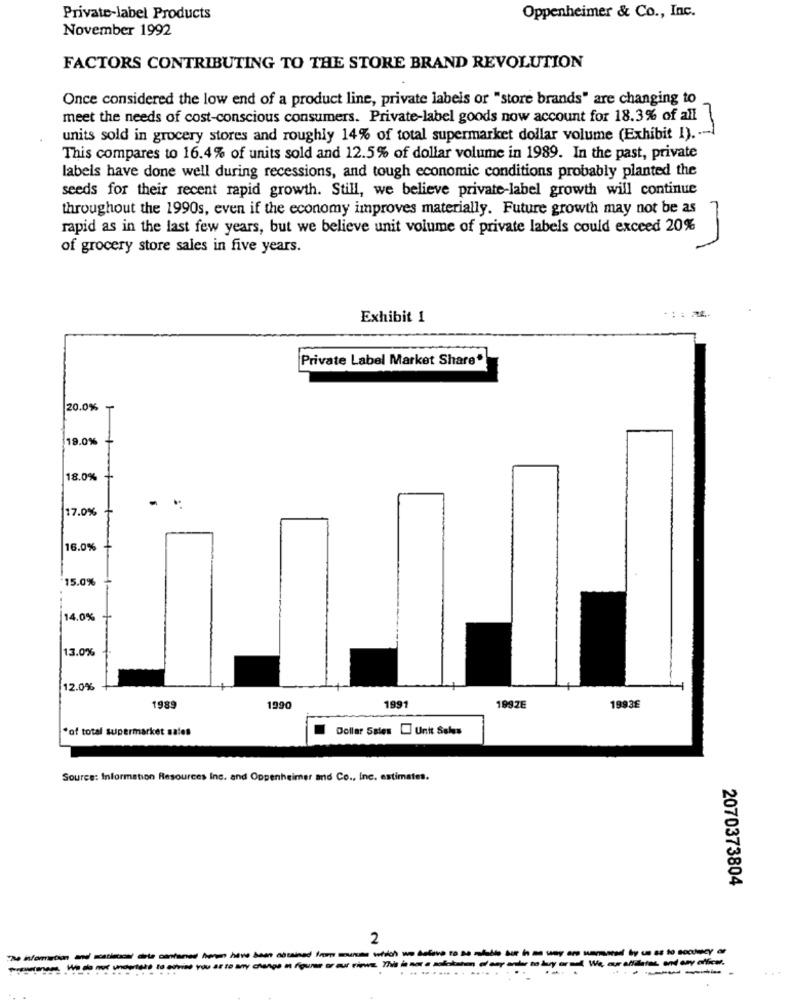
Private-label Products
Oppenheimer & Co ., Inc.
November 1992
FACTORS CONTRIBUTING TO THE STORE BRAND REVOLUTION
Once considered the low end of a product line, private labels or "store brands" are changing to
meet the needs of cost-conscious consumers. Private-label goods now account for 18.3% of all
units sold in grocery stores and roughly 14% of total supermarket dollar volume (Exhibit I) .--
This compares to 16.4% of units sold and 12.5% of dollar volume in 1989. In the past, private
labels have done well during recessions, and tough economic conditions probably planted the
seeds for their recent rapid growth. Still, we believe private-label growth will continue
throughout the 1990s, even if the economy improves materially. Future growth may not be as
rapid as in the last few years, but we believe unit volume of private labels could exceed 20%
of grocery store sales in five years.
Exhibit 1
Private Label Market Share"
20.0% ₸
19.0%
18.0%
17.0%
16.0%
15.0%
14.0%
13.0%
12.0%
1989
1990
1991
199ZE
19936
"of total supermarket sales
Dollar Sales Unit Sales
Source: Information Resources Inc. and Oppenheimer and Co ., inc. estimates.
2070373804
2
........... .....
....